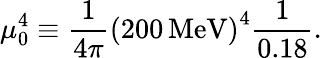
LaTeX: \mu_{0}^{4}\equiv{\frac{1}{4\pi}}\left(200\, \mathrm{MeV}\right)^{4}{\frac{1}{0.18}}.